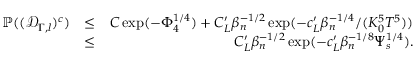
\begin{array} { r l r } { \mathbb { P } ( ( \mathscr { D } _ { \Gamma , l } ) ^ { c } ) } & { \leq } & { C \exp ( - \Phi _ { 4 } ^ { 1 \slash 4 } ) + C _ { L } ^ { \prime } \beta _ { n } ^ { - 1 \slash 2 } \exp ( - c _ { L } ^ { \prime } \beta _ { n } ^ { - 1 \slash 4 } \slash ( K _ { 0 } ^ { 5 } T ^ { 5 } ) ) } \\ & { \leq } & { C _ { L } ^ { \prime } \beta _ { n } ^ { - 1 \slash 2 } \exp ( - c _ { L } ^ { \prime } \beta _ { n } ^ { - 1 \slash 8 } \Psi _ { s } ^ { 1 \slash 4 } ) . } \end{array}